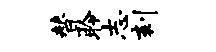
替聆志刻